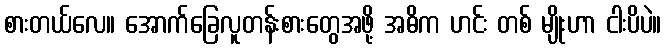
စားတယ်လေ။ အောက်ခြေလူတန်းစားတွေအဖို့ အဓိက ဟင်း တစ် မျိုးဟာ ငါးပိပဲ။